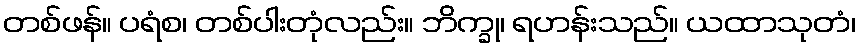
တစ်ဖန်။ ပရံစ၊ တစ်ပါးတုံလည်း။ ဘိက္ခု၊ ရဟန်းသည်။ ယထာသုတံ၊